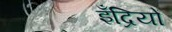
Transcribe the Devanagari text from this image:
इँद्रियों